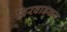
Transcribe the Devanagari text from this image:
बिरवाडकर